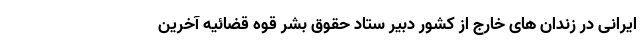
ایرانی در زندان های خارج از کشور دبیر ستاد حقوق بشر قوه قضائیه آخرین